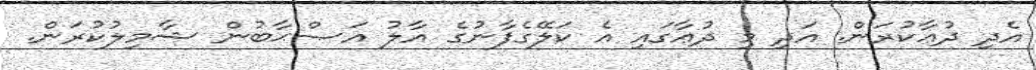
އެދި ދުޢާކުރަން. އަދި މި ދުޢާގައި އެ ކަލޭގެފާނުގެ އާލު އަޞްޙާބުން ޝާމިލުކުރަން.